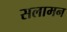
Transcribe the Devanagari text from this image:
सलामन